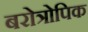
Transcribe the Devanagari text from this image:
बरोत्रोपिक